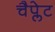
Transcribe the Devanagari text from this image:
चैप्लेट